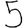
Digit: 5